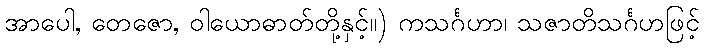
အာပေါ, တေဇော, ဝါယောဓာတ်တို့နှင့်။) ကသင်္ဂဟာ၊ သဇာတိသင်္ဂဟဖြင့်